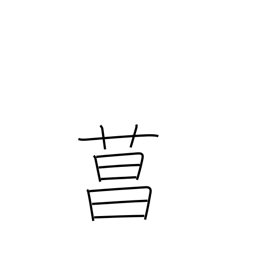
Meaning: iris